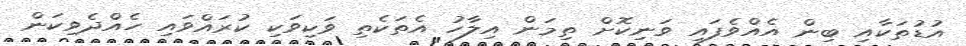
އުޑުތަކާއި ބިން އެއްވެފައި ވަނިކޮށް ތިމަން އިލާހު އެތަކެތި ވަކިވަކި ކުރައްވައި ހެއްދެވިކަން